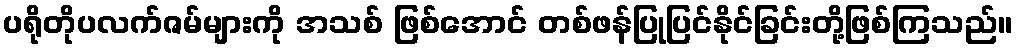
ပရိုတိုပလက်ဇမ်များကို အသစ် ဖြစ်အောင် တစ်ဖန်ပြုပြင်နိုင်ခြင်းတို့ဖြစ်ကြသည်။